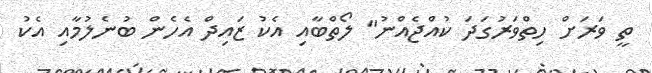
ތީ ވަރަށް ހިތްވަރުގަދަ ކުއްޖެއްނު" ލޯތްބާއި އެކު ޒައިދް އެހެން ބުނެލުމާއި އެކު